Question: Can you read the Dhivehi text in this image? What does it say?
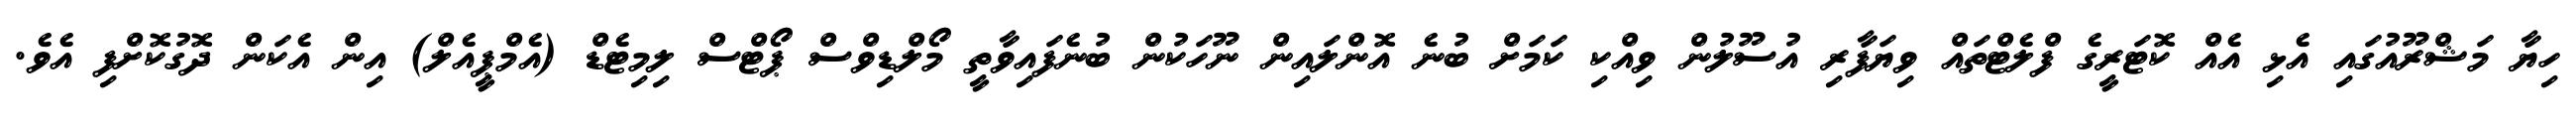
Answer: ހިޔާ މަޝްރޫއުގައި އެޅި އެއް ކޮޓަރީގެ ފްލެޓްތައް ވިޔަފާރި އުސޫލުން ވިއްކި ކަމަށް ބުނެ އޮންލައިން ނޫހަކުން ބުނެފައިވާތީ މޯލްޑިވްސް ޕޯޓްސް ލިމިޓެޑް (އެމްޕީއެލް) އިން އެކަން ދޮގުކޮށްފި އެވެ.